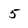
Character: 5